Vital statistics of India. Vol. V, Reports of 1876 on armies & jails and on epidemic cholera
Year: 1876
Disease focus: Cholera
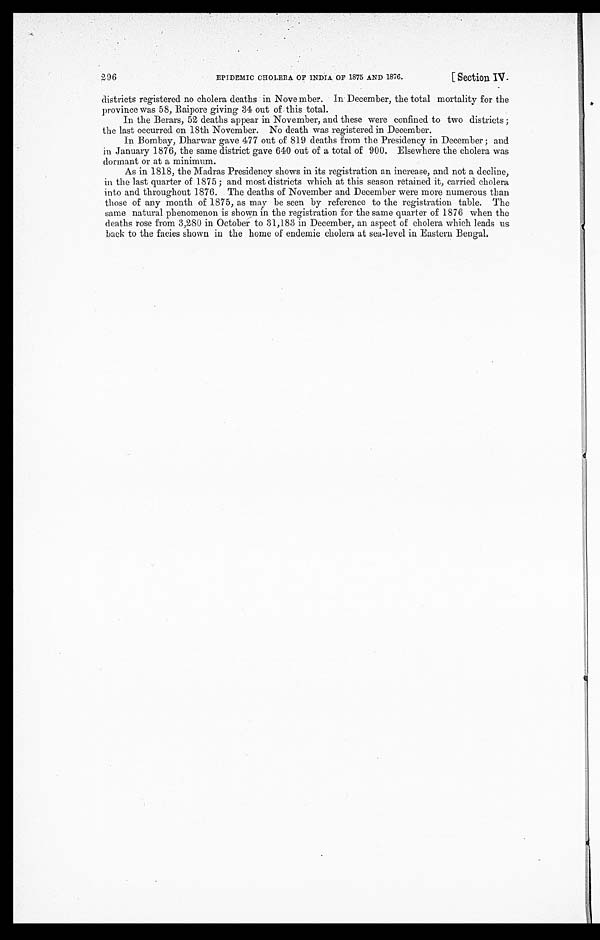
EPIDEMIC CHOLERA OF INDIA OF 1875 AND 1876.
[Section IV.
296
districts registered no cholera deaths in November. In December, the total mortality for the
province was 58, Raipore giving 34 out of this total.
In the Berars, 52 deaths appear in November, and these were confined to two districts;
the last occurred on 18th November. No death was registered in December.
In Bombay, Dharwar gave 477 out of 819 deaths from the Presidency in December; and
in January 1876, the same district gave 640 out of a total of 900. Elsewhere the cholera was
dormant or at a minimum.
As in 1818, the Madras Presidency shows in its registration an increase, and not a decline,
in the last quarter of 1875; and most districts which at this season retained it, carried cholera
into and throughout 1876. The deaths of November and December were more numerous than
those of any month of 1875, as may be seen by reference to the registration table. The
same natural phenomenon is shown in the registration for the same quarter of 1876 when the
deaths rose from 3,280 in October to 31,183 in December, an aspect of cholera which leads us
back to the facies shown in the home of endemic cholera at sea-level in Eastern Bengal.